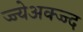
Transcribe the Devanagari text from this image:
ज्ज्येअक्ज्ज्द